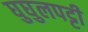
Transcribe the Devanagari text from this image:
घुघुलपट्टी